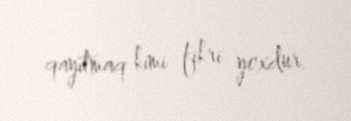
qayıtmaq kimi fikri yoxdur.